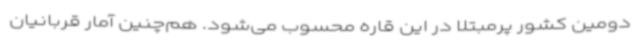
دومین کشور پرمبتلا در این قاره محسوب می‌شود. هم‌چنین آمار قربانیان